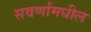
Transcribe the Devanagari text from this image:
सवर्णांमधील